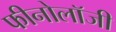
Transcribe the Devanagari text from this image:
फीनोलॉजी